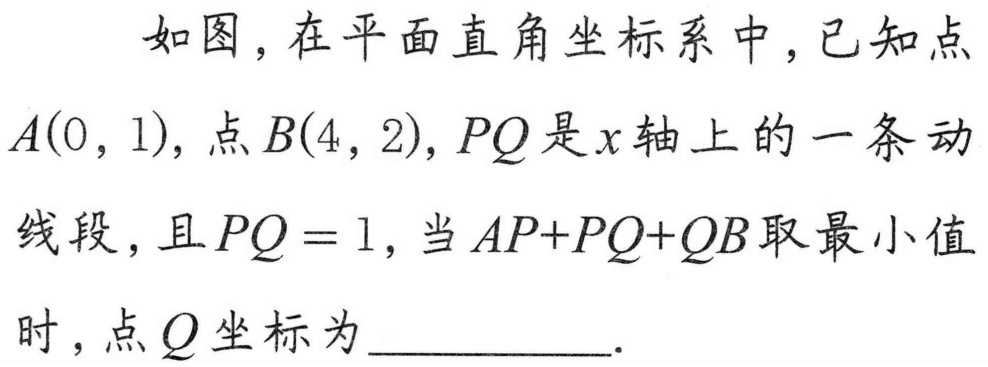
如图，在平面直角坐标系中，已知点\(A(0,1)\)，点\(B(4,2)\)，\(PQ\)是\(x\)轴上的一条动线段，且\(PQ = 1\)，当\(AP + PQ+QB\)取最小值时，点\(Q\)坐标为__________．